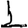
Digit: 1